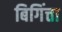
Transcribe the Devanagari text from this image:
बिगिंत्ता